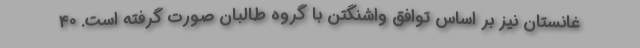
غانستان نیز بر اساس توافق واشنگتن با گروه طالبان صورت گرفته است. 40